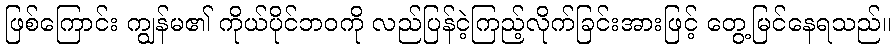
ဖြစ်ကြောင်း ကျွန်မ၏ ကိုယ်ပိုင်ဘဝကို လည်ပြန်ငဲ့ကြည့်လိုက်ခြင်းအားဖြင့် တွေ့မြင်နေရသည်။